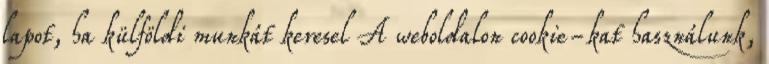
lapot, ha külföldi munkát keresel A weboldalon cookie-kat használunk,